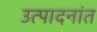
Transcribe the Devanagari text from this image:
उत्पादनांत